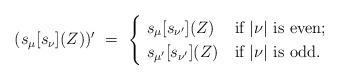
LaTeX: \begin{align*} (s_\mu[s_\nu](Z))'\ = \ \begin{cases}\ s_\mu[s_{\nu'}](Z)&\mbox{if $|\nu|$ is even};\cr \ s_{\mu'}[s_{\nu'}](Z)&\mbox{if $|\nu|$ is odd}.\cr \end{cases}\end{align*}